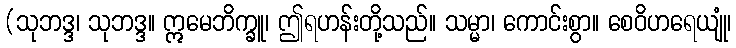
(သုဘဒ္ဒ၊ သုဘဒ္ဒ။ ဣမေဘိက္ခူ၊ ဤရဟန်းတို့သည်။ သမ္မာ၊ ကောင်းစွာ။ စေဝိဟရေယျုံ၊